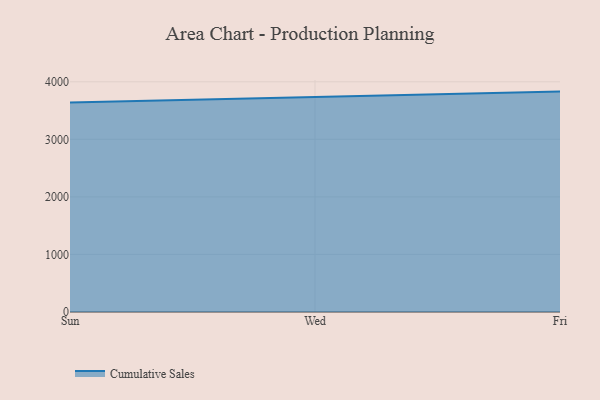
{"axis": {"x": "Day", "y": "Revenue (USD Million)"}, "legend": ["Cumulative Sales"], "data": [{"x": "Sun", "y": 3638.3, "type": "Cumulative Sales"}, {"x": "Wed", "y": 3733.4, "type": "Cumulative Sales"}, {"x": "Fri", "y": 3829.5, "type": "Cumulative Sales"}]}